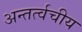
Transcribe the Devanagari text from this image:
अन्तर्त्वचीय